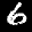
Label: 6